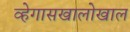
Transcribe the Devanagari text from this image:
व्हेगासखालोखाल